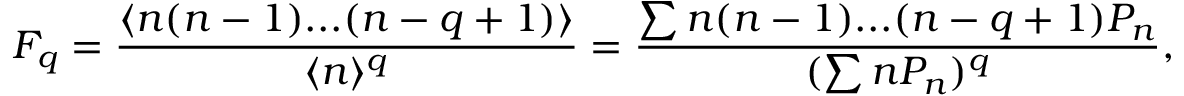
F _ { q } = \frac { \langle n ( n - 1 ) . . . ( n - q + 1 ) \rangle } { \langle n \rangle ^ { q } } = \frac { \sum n ( n - 1 ) . . . ( n - q + 1 ) P _ { n } } { ( \sum n P _ { n } ) ^ { q } } ,